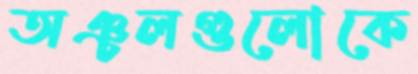
অঞ্চলগুলোকে